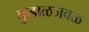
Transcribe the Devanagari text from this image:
कुडाळजवळ